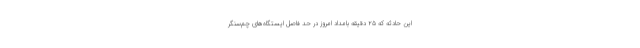
این حادثه که ۲۵ دقیقه بامداد امروز در حد فاصل ایستگاه‌های چم‌سنگر